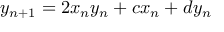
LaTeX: y _ { n + 1 } = 2 x _ { n } y _ { n } + c x _ { n } + d y _ { n }